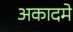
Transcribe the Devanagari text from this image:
अकादमे